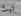
تبث